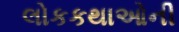
લોકકથાઓની